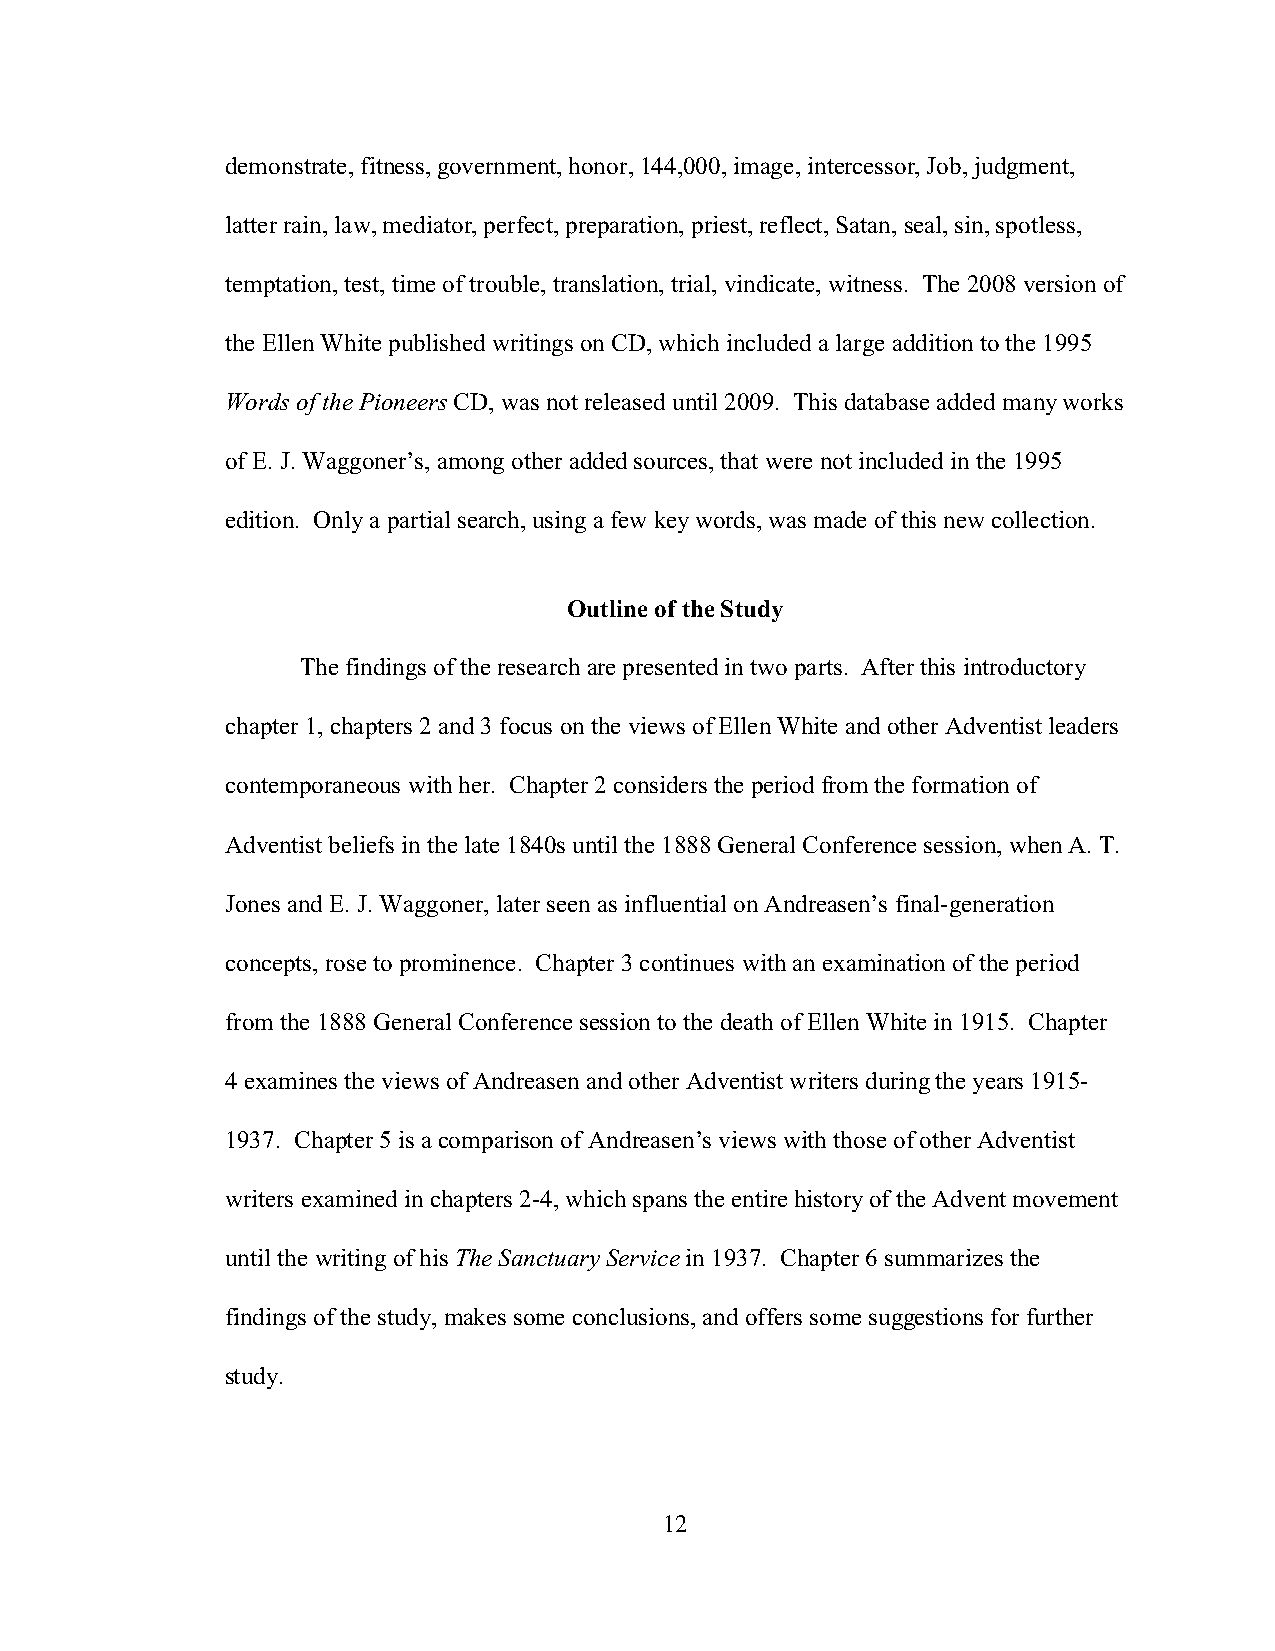
demonstrate, fitness, government, honor, 144,000, image, intercessor, Job, judgment,
 latter rain, law, mediator, perfect, preparation, priest, reflect, Satan, seal, sin, spotless,
 temptation, test, time of trouble, translation, trial, vindicate, witness. The 2008 version of
 the Ellen White published writings on CD, which included a large addition to the 1995
 Words of the Pioneers CD, was not released until 2009. This database added many works
 of E. J. Waggoner’s, among other added sources, that were not included in the 1995
 edition. Only a partial search, using a few key words, was made of this new collection.
 Outline of the Study
 The findings of the research are presented in two parts. After this introductory
 chapter 1, chapters 2 and 3 focus on the views of Ellen White and other Adventist leaders
 contemporaneous with her. Chapter 2 considers the period from the formation of
 Adventist beliefs in the late 1840s until the 1888 General Conference session, when A. T.
 Jones and E. J. Waggoner, later seen as influential on Andreasen’s final-generation
 concepts, rose to prominence. Chapter 3 continues with an examination of the period
 from the 1888 General Conference session to the death of Ellen White in 1915. Chapter
 4 examines the views of Andreasen and other Adventist writers during the years 1915-
 1937. Chapter 5 is a comparison of Andreasen’s views with those of other Adventist
 writers examined in chapters 2-4, which spans the entire history of the Advent movement
 until the writing of his The Sanctuary Service in 1937. Chapter 6 summarizes the
 findings of the study, makes some conclusions, and offers some suggestions for further
 study.
 12